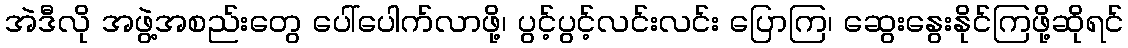
အဲဒီလို အဖွဲ့အစည်းတွေ ပေါ်ပေါက်လာဖို့၊ ပွင့်ပွင့်လင်းလင်း ပြောကြ၊ ဆွေးနွေးနိုင်ကြဖို့ဆိုရင်